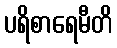
ပရိစာရေမီတိ